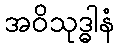
အဝိသုဒ္ဓါနံ